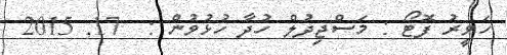
ހަވީރު ފޮޓޯ : މަސްޖިދުލް ހުދާ ހުޅުވުން :  17